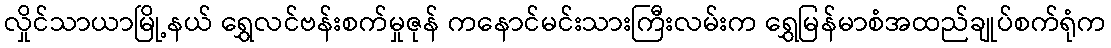
လှိုင်သာယာမြို့နယ် ရွှေလင်ဗန်းစက်မှုဇုန် ကနောင်မင်းသားကြီးလမ်းက ရွှေမြန်မာစံအထည်ချုပ်စက်ရုံက